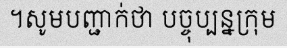
។សូមបញ្ជាក់ថា បច្ចុប្បន្នក្រុម